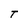
Character: T